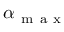
\alpha _ { \mathrm { ~ m ~ a ~ x ~ } }